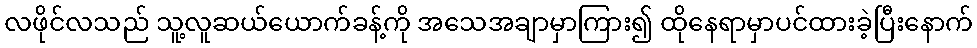
လဖိုင်လသည် သူ့လူဆယ်ယောက်ခန့်ကို အသေအချာမှာကြား၍ ထိုနေရာမှာပင်ထားခဲ့ပြီးနောက်